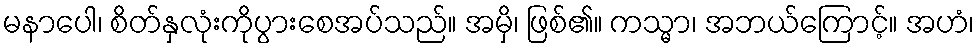
မနာပေါ၊ စိတ်နှလုံးကိုပွားစေအပ်သည်။ အမှိ၊ ဖြစ်၏။ ကသ္မာ၊ အဘယ်ကြောင့်။ အဟံ၊